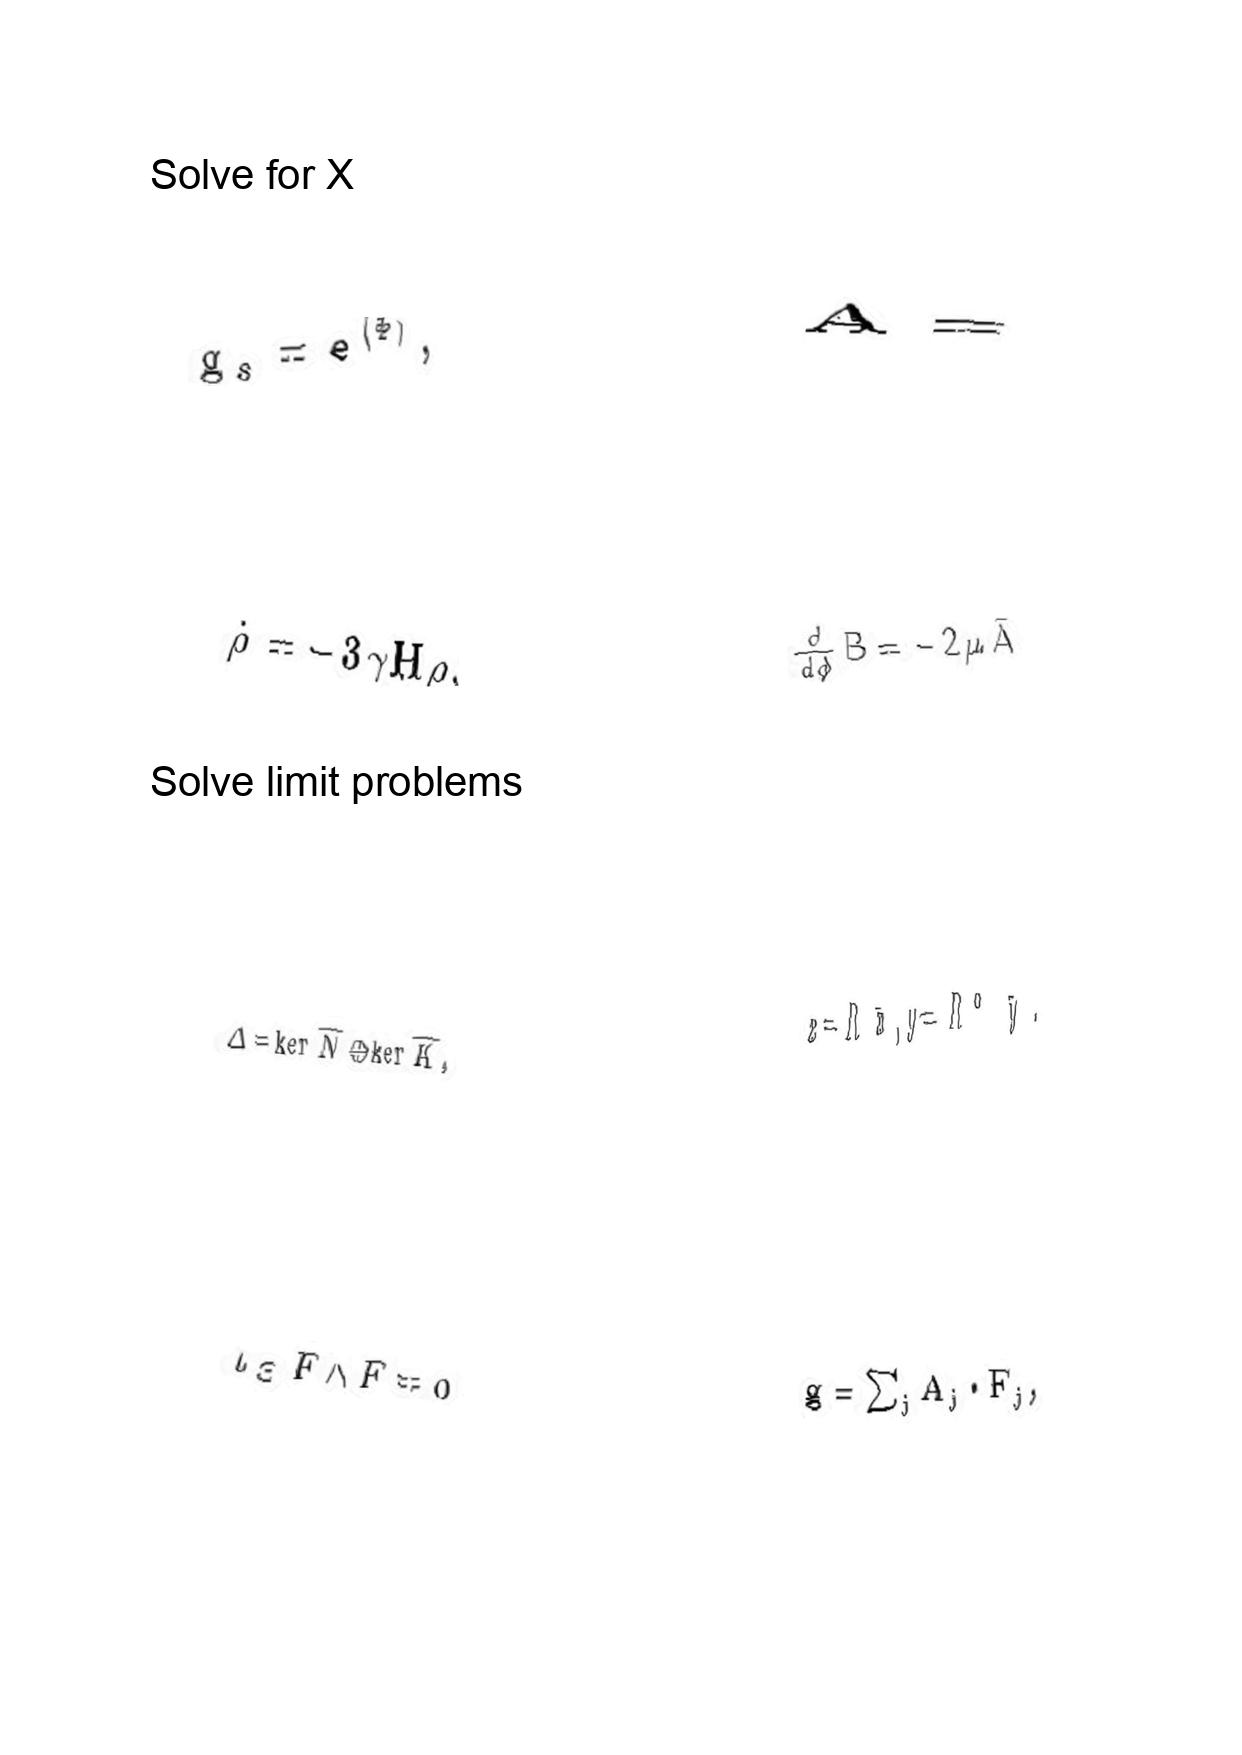
LaTeX transcription:
g _ { s } = e ^ { \langle \Phi \rangle } ,
\dot { \rho } = - 3 \gamma H \rho ,
\Delta = \ker \hat { N } \oplus \ker \hat { K } ,
\iota _ { \Xi } F \wedge F = 0
A =
\frac { d } { d \phi } B = - 2 \mu \bar { A }
x = R \bar { x } , y = R ^ { \alpha } \bar { y } .
g = \sum _ { j } A _ { j } \cdot F _ { j } ,